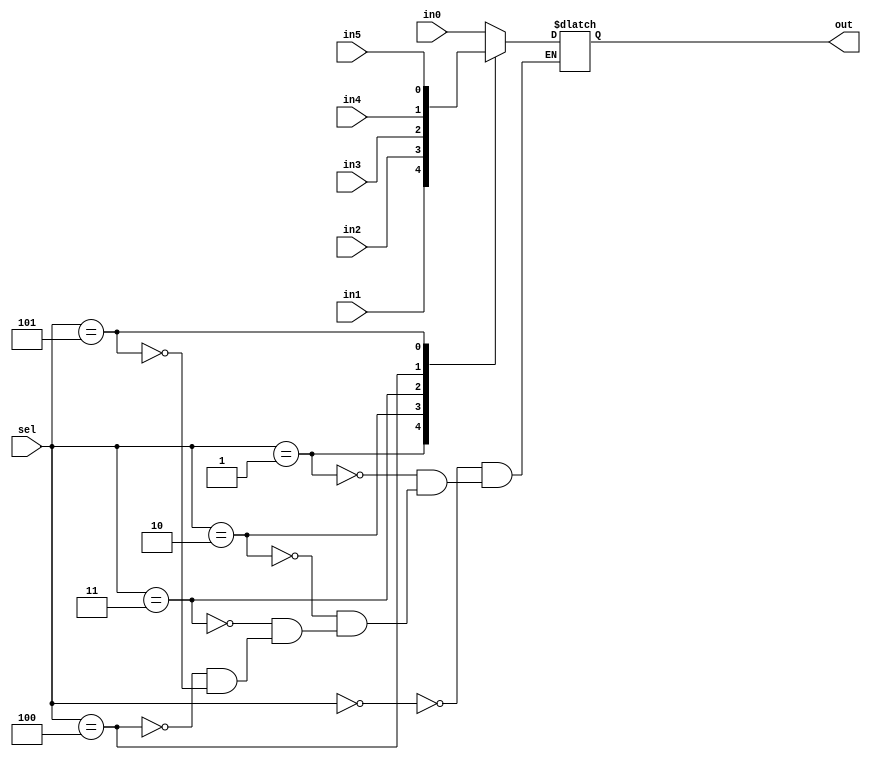
module Multiplexer6(out, in0, in1, in2, in3, in4, in5, sel);
  parameter WIDTH = 1;
  output reg [WIDTH-1:0] out;
  input [WIDTH-1:0] in0, in1, in2, in3, in4, in5;
  input [2:0] sel;
  
  always @ (*)
    case (sel)
      0 : out = in0;
      1 : out = in1;
      2 : out = in2;
      3 : out = in3;
      4 : out = in4;
      5 : out = in5;
    endcase
endmodule